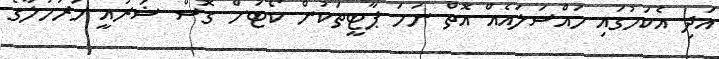
އަދި އެކަމުގައި މައްސަލައެއް އޮތް ނަމަ ޕާޓީތަކުން ކޯޓަށް ގޮސް ޝަރުއީ މަރުހަލާގެ